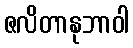
ဇလိတာနုဘာဝါ